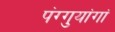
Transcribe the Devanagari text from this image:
पंग्गुयांगां